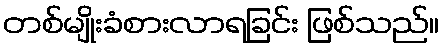
တစ်မျိုးခံစားလာရခြင်း ဖြစ်သည်။